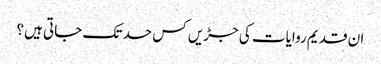
ان قدیم روایات کی جڑیں کس حد تک جاتی ہیں؟